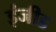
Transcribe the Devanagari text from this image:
इंजीड